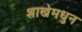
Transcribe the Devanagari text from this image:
शाखेमधुन